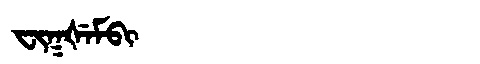
Manchu: ᠸᡳᡴᡧᡝᠮᠪᡳ
Romanization: FIKŠEMBI